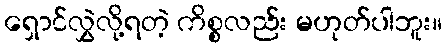
ရှောင်လွှဲလို့ရတဲ့ ကိစ္စလည်း မဟုတ်ပါဘူး။